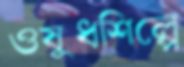
ওষুধশিল্পে